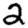
Digit: 2